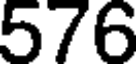
576